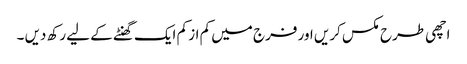
اچھی طرح مکس کریں اور فرج میں کم از کم ایک گھنٹے کے لیے رکھ دیں ۔